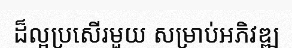
ដ៏ល្អប្រសើរមួយ សម្រាប់អភិវឌ្ឍ